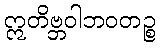
ဣတိဗ္ဘဝါဘဝတဉ္စ